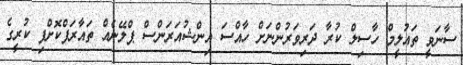
ސާނަވީ ތައުލީމް ހާސިލް ކުރާ ދަރިވަރުންނަށް ހާއްސަ އިންޝުއަރަންސް ޕްލޭނެއް ތައާރަފްކޮށްފި ކުރީގެ